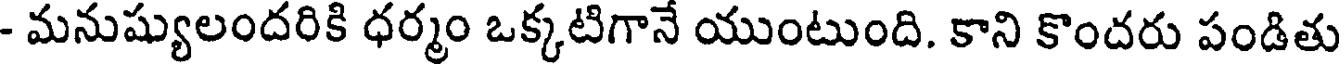
- మనుష్యులందరికి ధర్మం ఒక్కటిగానే యుంటుంది. కాని కొందరు పండితు